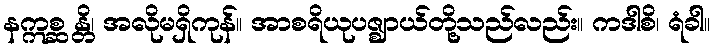
နဣစ္ဆ န္တိ၊ အလိုမရှိကုန်။ အာစရိယုပဇ္ဈာယ်တို့သည်လည်း။ ကဒါစိ၊ ရံခါ။